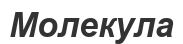
Молекула